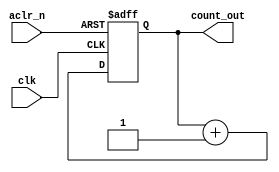
`timescale 1ns / 1ps
//////////////////////////////////////////////////////////////////////////////////
// Company: 
// Engineer: 
// 
// Design Name: 
// Module Name: counter
// Project Name: 
// Target Devices: 
// Tool Versions: 
// Description: 
// 
// Dependencies: 
// 
// Revision:
// Revision 0.01 - File Created
// Additional Comments:
// 
//////////////////////////////////////////////////////////////////////////////////


module counter(

    input clk ,aclr_n,
    output [1:0]count_out 

    );
    
    reg [1:0] Q_next ,Q_reg;
    
    always@(posedge clk ,negedge aclr_n) begin
    
        if(!aclr_n)
            Q_reg <= 0;
        else
            Q_reg <= Q_next;
    
    end 
    
    
    always@(*)
        Q_next = Q_reg + 1;
        
    assign count_out = Q_reg;

endmodule